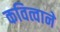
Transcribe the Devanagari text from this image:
कवित्वाने